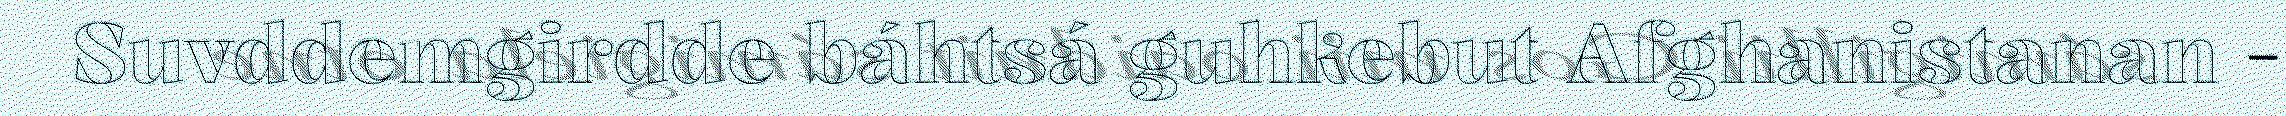
Suvddemgirdde báhtsá guhkebut Afghanistanan -